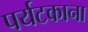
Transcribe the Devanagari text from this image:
पर्यटकाना